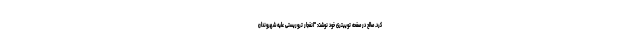
کرد. صالح در صفحه توییتری خود نوشت: "انفجار تروریستی علیه شهروندان